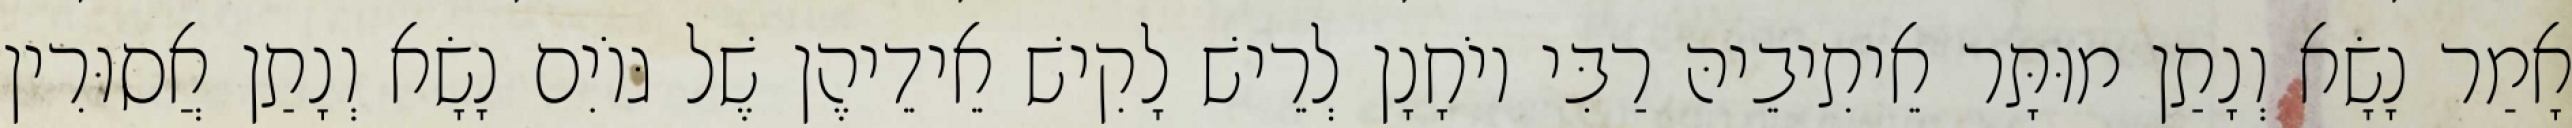
אָמַר נָשָׂא וְנָתַן מוּתָּר אֵיתִיבֵיהּ רַבִּי יוֹחָנָן לְרֵישׁ לָקִישׁ אֵידֵיהֶן שֶׁל גּוֹיִם נָשָׂא וְנָתַן אֲסוּרִין